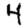
Digit: 4